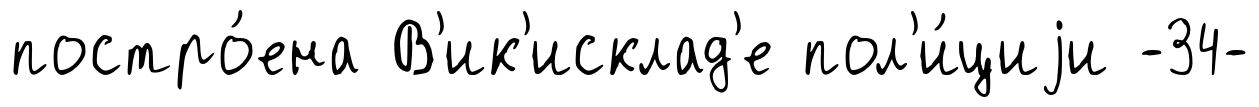
постро́ена В'ик'исклад'е пол'и́циjи -34-